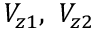
V _ { z 1 } , \ V _ { z 2 }